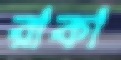
রাকা